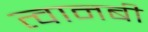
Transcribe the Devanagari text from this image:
त्वानबी